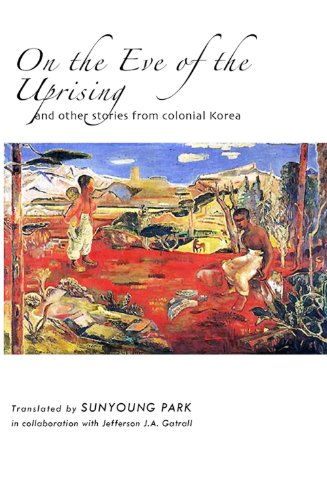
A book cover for On the Eve of the Uprising and Other Stories from Colonial Korea; Sunyoung Park (Translator); History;